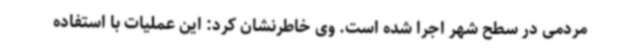
مردمی در سطح شهر اجرا شده است. وی خاطرنشان کرد: این عملیات با استفاده